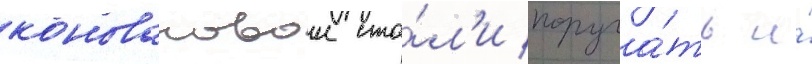
коноваловои ста́л'и поруча́ть и́